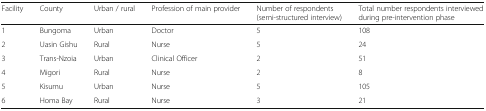
<table><thead><tr><td><b>Facility</b></td><td><b>County</b></td><td><b>Urban / rural</b></td><td><b>Profession of main provider</b></td><td><b>Number of respondents (semi-structured interview)</b></td><td><b>Total number respondents interviewed during pre-intervention phase</b></td></tr></thead><tbody><tr><td>1</td><td>Bungoma</td><td>Urban</td><td>Doctor</td><td>5</td><td>108</td></tr><tr><td>2</td><td>Uasin Gishu</td><td>Rural</td><td>Nurse</td><td>5</td><td>24</td></tr><tr><td>3</td><td>Trans-Nzoia</td><td>Urban</td><td>Clinical Officer</td><td>2</td><td>51</td></tr><tr><td>4</td><td>Migori</td><td>Rural</td><td>Nurse</td><td>2</td><td>8</td></tr><tr><td>5</td><td>Kisumu</td><td>Urban</td><td>Nurse</td><td>5</td><td>105</td></tr><tr><td>6</td><td>Homa Bay</td><td>Rural</td><td>Nurse</td><td>3</td><td>21</td></tr></tbody></table>